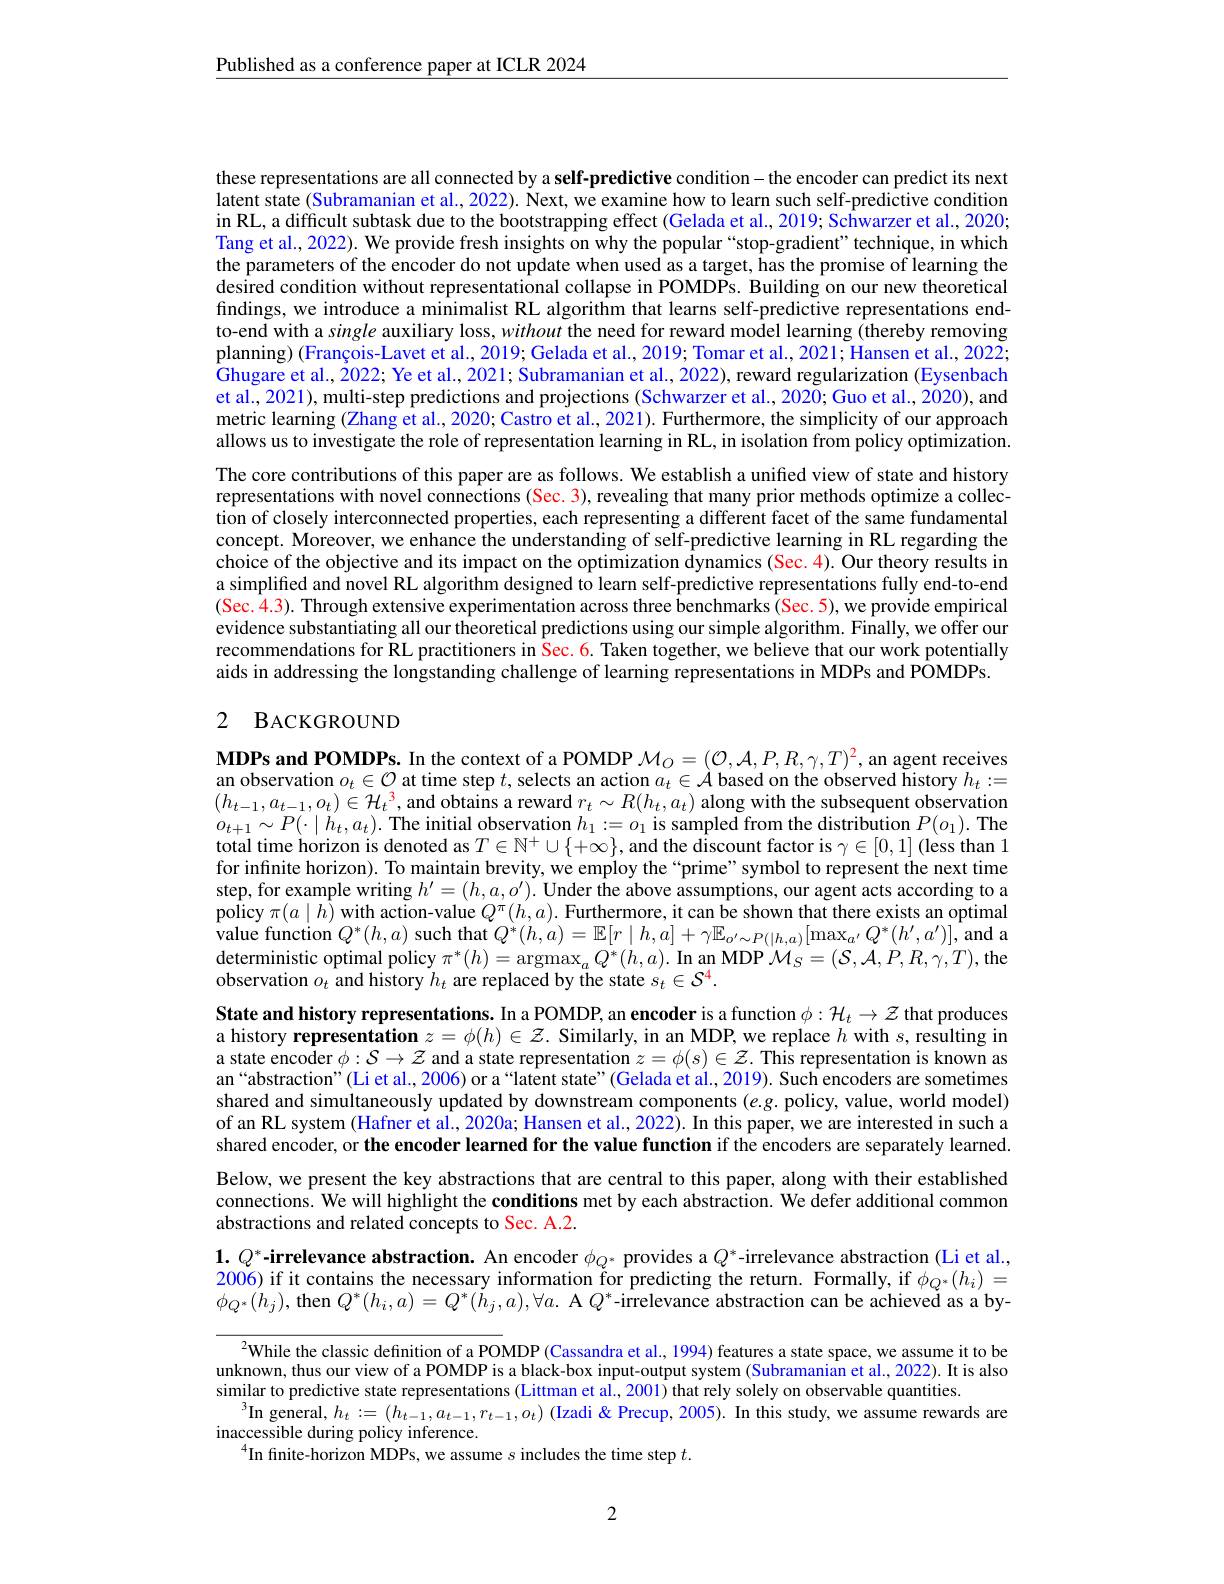
$\underline{\text{Published as a conference paper at ICLR 2024}}$

these representations are all connected by a self-predictive condition- the encoder can predict its next latent state (Subramanian et al., 2022). Next, we examine how to learn such self-predictive condition in RL, a difficult subtask due to the bootstrapping effect (Gelada et al., 2019; Schwarzer et al., 2020; Tang et al., 2022). We provide fresh insights on why the popular“stop-gradient”technique, in which the parameters of the encoder do not update when used as a target, has the promise of learning the desired condition without representational collapse in POMDPs. Building on our new theoretical findings, we introduce a minimalist RL algorithm that learns self-predictive representations endto-end with a single auxiliary loss, without the need for reward model learning (thereby removing planning) (François-Lavet et al., 2019; Gelada et al., 2019; Tomar et al., 2021; Hansen et al., 2022; Ghugare et al., 2022; Ye et al., 2021; Subramanian et al., 2022), reward regularization (Eysenbach et al., 2021), multi-step predictions and projections (Schwarzer et al., 2020; Guo et al., 2020), and metric learning (Zhang et al., 2020; Castro et al., 2021). Furthermore, the simplicity of our approach allows us to investigate the role of representation learning in RL, in isolation from policy optimization. The core contributions of this paper are as follows. We establish a unified view of state and history representations with novel connections (Sec. 3), revealing that many prior methods optimize a collection of closely interconnected properties, each representing a different facet of the same fundamental concept. Moreover, we enhance the understanding of self-predictive learning in RL regarding the choice of the objective and its impact on the optimization dynamics (Sec.4). Our theory results in a simplified and novel RL algorithm designed to learn self-predictive representations fully end-to-end (Sec. 4.3). Through extensive experimentation across three benchmarks(Sec.5),we provide empirical evidence substantiating all our theoretical predictions using our simple algorithm. Finally, we offer our recommendations for RL practitioners in Sec. 6. Taken together, we believe that our work potentially aids in addressing the longstanding challenge of learning representations in MDPs and POMDPs.

## 2 BACKGROUND

$\mathbf{MDPs~and~POMDPs.~In~the~context~of~a~POMDP~}\mathcal{M}_O=(\mathcal{O},\mathcal{A},P,R,\gamma,T)^2$, an agent receives an observation $o_{t}\in \mathcal{O}$ at time step $t$,selects an action $a_{t}\in \mathcal{A}$ based on the observed history $h_{t}: =$ $( h_{t- 1}, a_{t- 1}, o_{t}) \in \mathcal{H} _{t}^{3}$,and obtains a reward $r_{t}\sim R( h_{t}, a_{t})$ along with the subsequent observation $o_{t+1}\sim P(\cdot\mid$ total time horizon is denoted as $T\in\mathbb{N}^+\cup\{+\infty\}$, and the discount factor is $\gamma\in[0,1]$ (less than 1 for infinite horizon). To maintain brevity, we employ the “prime”symbol to represent the next time step, for example writing $h^\prime=(h,a,o^{\prime}).$ Under the above assumptions, our agent acts according to a policy $\pi(a\mid h)$ with action-value $Q^\pi(h,a).$ Furthermore, it can be shown that there exists an optimal value function $Q^*(h,a)$ such that $Q^*(h,a)=\mathbb{E}[r\mid h,a]+\gamma\mathbb{E}_{o^{\prime}\sim P(\mid h,a)}[\max_{a^{\prime}}Q^*(h^{\prime},a^{\prime})]$, and a $\operatorname*{deterministic}$ optimal policy $\pi^*(h)=\operatorname*{argmax}_aQ^*(h,a).$ In an MDP $\mathcal{M}_S=(\mathcal{S},\mathcal{A},\dot{P},R,\gamma,T)$,the observation $o_{t}$ and history $h_{t}$ are replaced by the state $s_t\in\mathcal{S}^{4}.$

State and history representations. In a POMDP, an encoder is a function $\phi:\mathcal{H}_t\to\mathcal{Z}$ that produces a history representation $z=\phi(h)\in\mathcal{Z}.$ Similarly, in an MDP, we replace $h$ with $s$, resulting in a state encoder $\phi:S\to\mathcal{Z}$ and a state representation $z=\phi(s)\in\mathcal{Z}.$ This representation is known as an“abstraction”(Li et al., 2006) or a“latent state”(Gelada et al., 2019). Such encoders are sometimes shared and simultaneously updated by downstream components $(e.g.$ policy, value, world model) of an RL system (Hafner et al., 2020a; Hansen et al., 2022). In this paper, we are interested in such a shared encoder, or the encoder learned for the value function if the encoders are separately learned. Below, we present the key abstractions that are central to this paper, along with their established connections. We will highlight the conditions met by each abstraction. We defer additional common abstractions and related concepts to Sec. A.2.
$1.Q^*$-irrelevance abstraction. An encoder $\phi_Q^*$ provides a $Q^*$-irrelevance abstraction (Li et al.,

2006) if it contains the necessary information for predicting the return. Formally, if $\phi_{Q^{*}}(h_{i})=$ $\phi_{Q^{*}}(h_{j})$,then $Q^*(h_i,a)=Q^*(h_j,a),\forall a.$ A $Q^*$-irrelevance abstraction can be achieved as a by-

$^{2}$While the classic definition of a POMDP (Cassandra et al., 1994) features a state space, we assume it to be unknown, thus our view of a POMDP is a black-box input-output system (Subramanian et al., 2022). It is also similar to predictive state representations (Littman et al., 2001) that rely solely on observable quantities.
$^3$In general, $h_t:=(h_t-1,a_{t-1},r_{t-1},o_t)$ (Izadi &Precup, 2005). In this study, we assume rewards are
inaccessible during policy inference.
$^{4}$In finite-horizon MDPs, we assume s includes the time step $t.$

2